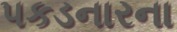
પકડનારના